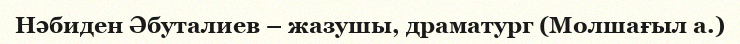
Нәбиден Әбуталиев – жазушы, драматург (Молшағыл а.)